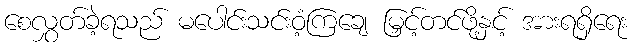
စေလွှတ်ခဲ့ရသည် မပေါင်းသင်းဝံ့ကြချေ မြှင့်တင်ဖို့နှင့် အားရရှိရေး